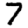
Digit: 7